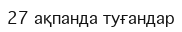
27 ақпанда туғандар